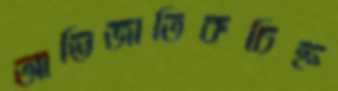
আভিজাতিকচিহ্ন